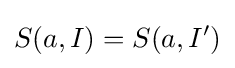
S(a,I)=S(a,I')